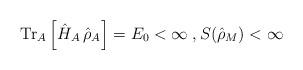
LaTeX: \begin{align*}\mathrm{Tr}_A\left[\hat{H}_A\,\hat{\rho}_A\right]=E_0<\infty\;,S(\hat{\rho}_M)<\infty\end{align*}